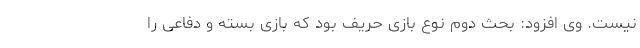
نیست. وی افزود: بحث دوم نوع بازی حریف بود که بازی بسته و دفاعی را